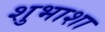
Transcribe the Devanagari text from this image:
शुभाशा